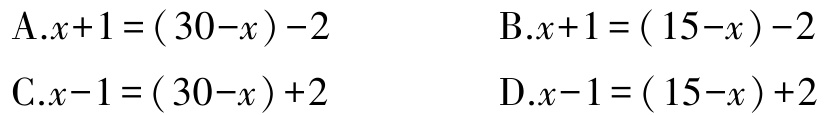
A.$x + 1 = (30 - x) - 2$

B.$x + 1 = (15 - x) - 2$

C.$x - 1 = (30 - x) + 2$

D.$x - 1 = (15 - x) + 2$